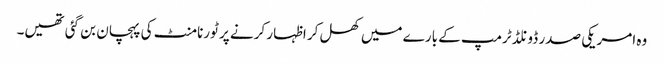
وہ امریکی صدر ڈونلڈ ٹرمپ کے بارے میں کھل کر اظہار کرنے پر ٹورنامنٹ کی پہچان بن گئی تھیں۔